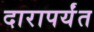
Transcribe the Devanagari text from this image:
दारापर्यंत